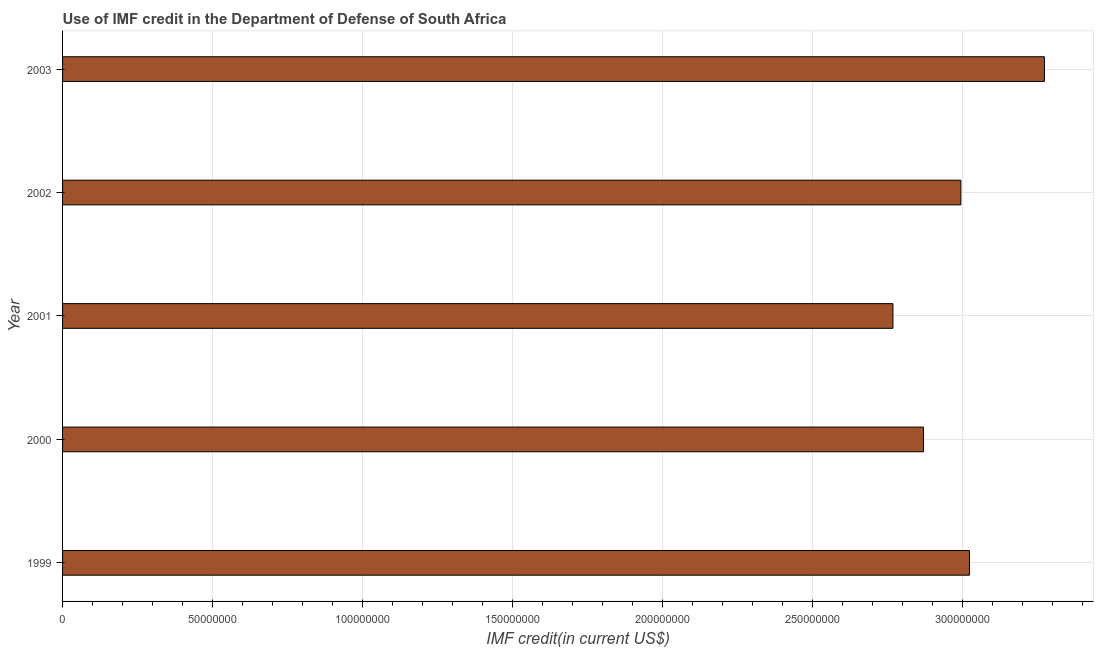
| Year | Use of IMF credit (DOD |
 | --- | --- |
 | 1999 | 3.02e+08 |
 | 2000 | 2.87e+08 |
 | 2001 | 2.77e+08 |
 | 2002 | 3e+08 |
 | 2003 | 3.27e+08 |